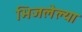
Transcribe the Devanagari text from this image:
भिजलेल्या